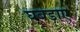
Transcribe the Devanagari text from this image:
घबड़ाए